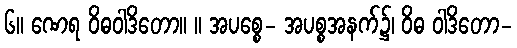
၆။ ဏေရ ဝိဓဝါဒိတော။ ။ အပစ္စေ- အပစ္စအနက်၌၊ ဝိဓ ဝါဒိတော-